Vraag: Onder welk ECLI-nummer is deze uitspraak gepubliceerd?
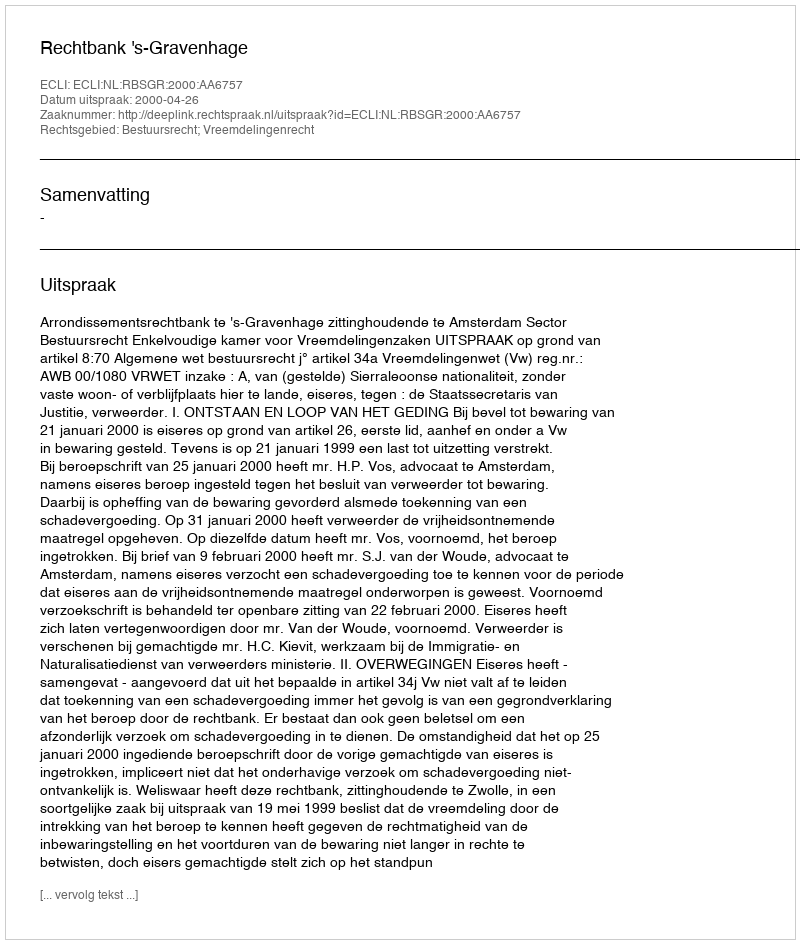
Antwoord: ECLI:NL:RBSGR:2000:AA6757